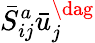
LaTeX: \bar{S}_{ij}^{a}\bar{u}_{j}^{\dag}